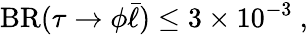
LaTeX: \mathrm{BR}(\tau\to\phi\bar{\ell})\leq 3\times 10^{-3}~,